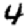
Digit: 4